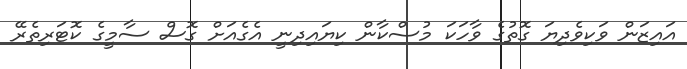
އައިޒަން ވަކިވެދިޔަ ގޮތުގެ ވާހަކަ މުސްކާން ކިޔައިދިނީ އެގެއަށް ގޮސް ސާމީގެ ކޮޓަރިތެރޭ